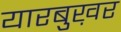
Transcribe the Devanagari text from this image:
यारबुख़र